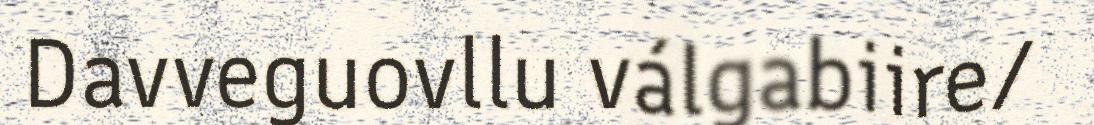
Davveguovllu válgabiire/